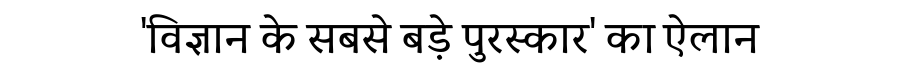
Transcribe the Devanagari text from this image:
'विज्ञान के सबसे बड़े पुरस्कार' का ऐलान